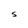
Character: S